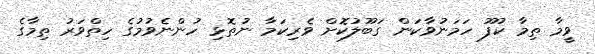
ވީމާ ތިމާ ކުފޫ ހަމަނުވާކަން ގަބޫލުކޮށް ވެރިކަމާ ނުތޮޅި ހުންނެވުމުގެ ހިތްވަރު ތިމާގެ